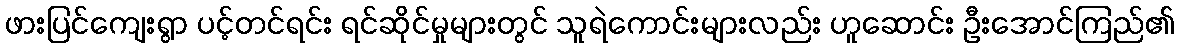
ဖားပြင်ကျေးရွာ ပင့်တင်ရင်း ရင်ဆိုင်မှုများတွင် သူရဲကောင်းများလည်း ဟူဆောင်း ဦးအောင်ကြည်၏